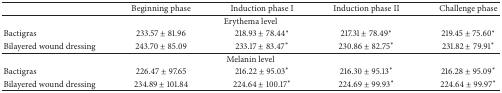
<table><thead><tr><td><b> </b></td><td><b>Beginning phase</b></td><td><b>Induction phase I</b></td><td><b>Induction phase II</b></td><td><b>Challenge phase</b></td></tr></thead><tbody><tr><td colspan="5">Erythema level</td></tr><tr><td>Bactigras</td><td>233.57 ± 81.96</td><td>218.93 ± 78.44<sup><i>∗</i></sup></td><td>217.31 ± 78.49<sup><i>∗</i></sup></td><td>219.45 ± 75.60<sup><i>∗</i></sup></td></tr><tr><td>Bilayered wound dressing</td><td>243.70 ± 85.09</td><td>233.17 ± 83.47<sup><i>∗</i></sup></td><td>230.86 ± 82.75<sup><i>∗</i></sup></td><td>231.82 ± 79.91<sup><i>∗</i></sup></td></tr><tr><td colspan="5">Melanin level</td></tr><tr><td>Bactigras</td><td>226.47 ± 97.65</td><td>216.22 ± 95.03<sup><i>∗</i></sup></td><td>216.30 ± 95.13<sup><i>∗</i></sup></td><td>216.28 ± 95.09<sup><i>∗</i></sup></td></tr><tr><td>Bilayered wound dressing</td><td>234.89 ± 101.84</td><td>224.64 ± 100.17<sup><i>∗</i></sup></td><td>224.69 ± 99.93<sup><i>∗</i></sup></td><td>224.64 ± 99.97<sup><i>∗</i></sup></td></tr></tbody></table>